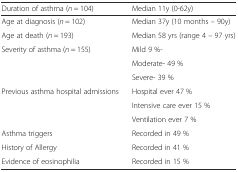
<table><thead><tr><td><b>Duration of asthma (<i>n</i> = 104)</b></td><td><b>Median 11y (0-62y)</b></td></tr></thead><tbody><tr><td>Age at diagnosis (<i>n</i> = 102)</td><td>Median 37y (10 months – 90y)</td></tr><tr><td>Age at death (<i>n</i> = 193)</td><td>Median 58 yrs (range 4 – 97 yrs)</td></tr><tr><td rowspan="3">Severity of asthma (<i>n</i> = 155)</td><td>Mild 9 %-</td></tr><tr><td>Moderate- 49 %</td></tr><tr><td>Severe- 39 %</td></tr><tr><td rowspan="3">Previous asthma hospital admissions</td><td>Hospital ever 47 %</td></tr><tr><td>Intensive care ever 15 %</td></tr><tr><td>Ventilation ever 7 %</td></tr><tr><td>Asthma triggers</td><td>Recorded in 49 %</td></tr><tr><td>History of Allergy</td><td>Recorded in 41 %</td></tr><tr><td>Evidence of eosinophilia</td><td>Recorded in 15 %</td></tr></tbody></table>